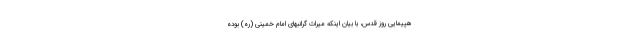
هپیمایی روز قدس، با بیان اینکه میراث گرانبهای امام خمینی (ره) بوده